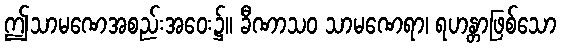
ဤသာမဏေအစည်းအဝေး၌။ ခီဏာသဝ သာမဏေရာ၊ ရဟန္တာဖြစ်သော